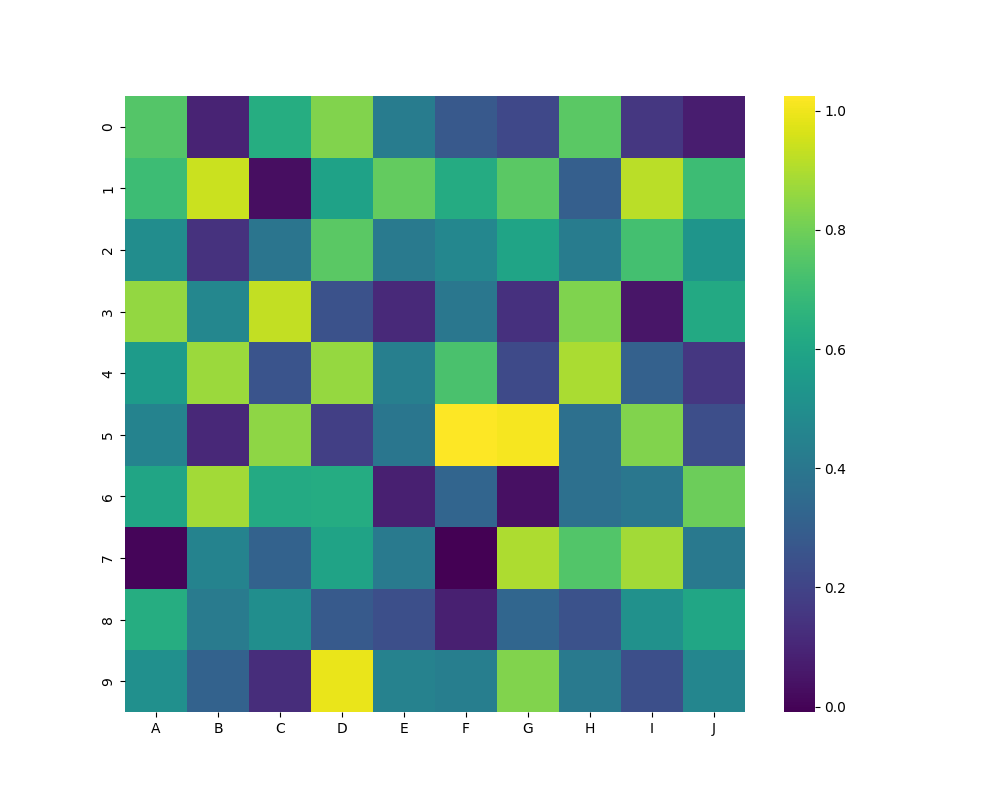
python, seaborn, heatmap, cmap='viridis', linewidths=0.0, center=none